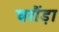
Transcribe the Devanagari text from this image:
घरौंड़ा